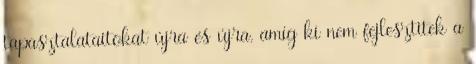
tapasztalataitokat újra és újra, amíg ki nem fejlesztitek a